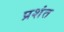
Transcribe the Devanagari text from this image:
प्रशंत